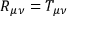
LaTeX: R _ { \mu \nu } = T _ { \mu \nu }